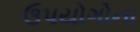
ઉપયોગોના